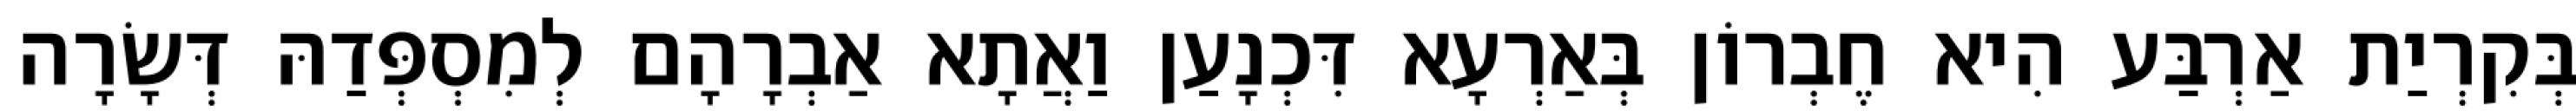
בְּקִרְיַת אַרְבַּע הִיא חֶבְרוֹן בְּאַרְעָא דִּכְנָעַן וַאֲתָא אַבְרָהָם לְמִסְפְּדַהּ דְּשָׂרָה